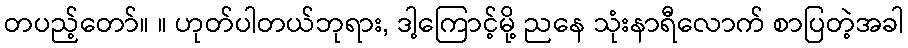
တပည့်တော်။ ။ ဟုတ်ပါတယ်ဘုရား, ဒါ့ကြောင့်မို့ ညနေ သုံးနာရီလောက် စာပြတဲ့အခါ